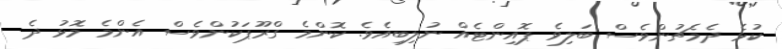
ކުޅެ ދެމެޗުންވެސް ބަލިވެ ޕޮއިންޓެއް ނުލިބިއެވެ. ކޮންމެ ގްރޫޕަކުންވެސް އެންމެ މޮޅު ދެ